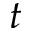
t